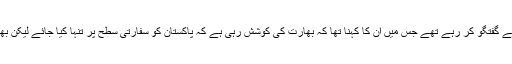
وزیر خارجہ شاہ محمود قریشی اسلام آباد میں میڈیا سے گفتگو کر رہے تھے جس میں ان کا کہنا تھا کہ بھارت کی کوشش رہی ہے کہ پاکستان کو سفارتی سطح پر تنہا کیا جائے لیکن بھارت کو یکے بعد دیگرے ناکامیوں کا سامنا کرنا پڑا۔